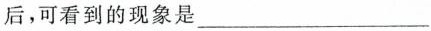
后，可看到的现象是___